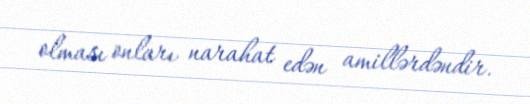
olması onları narahat edən amillərdəndir.